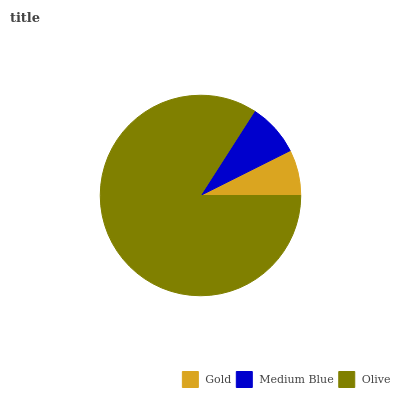
| Gold | Medium Blue | Olive |
 | --- | --- | --- |
 | 7.39% | 8.55% | 84.1% |